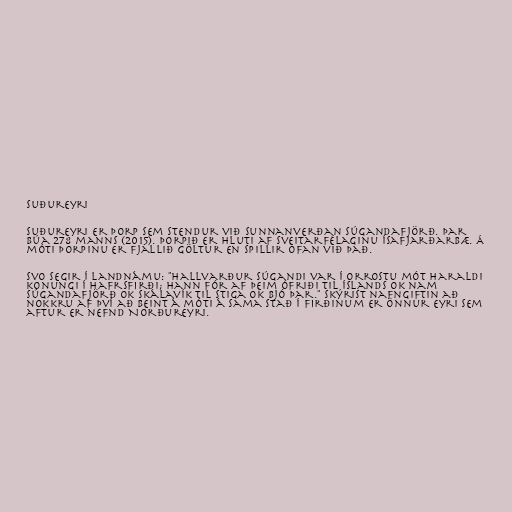
Suðureyri

Suðureyri er þorp sem stendur við sunnanverðan Súgandafjörð. Þar
búa 278 manns (2015). Þorpið er hluti af sveitarfélaginu Ísafjarðarbæ. Á
móti þorpinu er fjallið Göltur en Spillir ofan við það.

Svo segir í Landnámu: "Hallvarður súgandi var í orrostu mót Haraldi
konungi í Hafrsfirði; hann fór af þeim ófriði til Íslands ok nam
Súgandafjörð ok Skálavík til Stiga ok bjó þar." Skýrist nafngiftin að
nokkru af því að beint á móti á sama stað í firðinum er önnur eyri sem
aftur er nefnd Norðureyri.